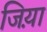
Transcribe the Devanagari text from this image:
जिय़ा